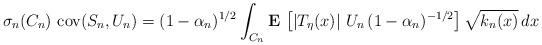
LaTeX: \begin{align*}\sigma _{n}(C_{n})\,\,\mbox{{\rm cov}}(S_{n},U_{n})=(1-\alpha_{n})^{1/2}\int_{C_{n}}{\bf E\,}\left[ \left| T_{\eta }(x)\right|\,U_{n}\,(1-\alpha _{n})^{-1/2}\right] \sqrt{k_{n}(x)}\,dx \end{align*}